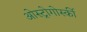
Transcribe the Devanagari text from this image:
ओस्ट्रोगोर्स्की